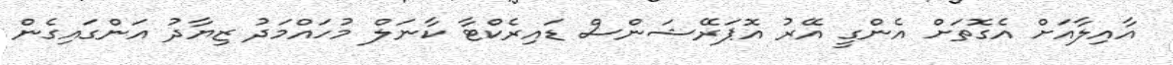
އާއިލާއަށް އެގޮތަށް އެންގީ އޭރު އޮޕަރޭޝަންސް ޑައިރެކްޓާ ކާނަލް މުހައްމަދު ޒިޔާދު އަންގައިގެން